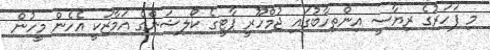
މި ފަހަރުގެ ރިޔާސީ އިންތިހާބުގައި ޖުމްހޫރީ ޕާޓީގެ ކޯލިޝަންގެ އަމާޒަކީ އެހެން މީހުން